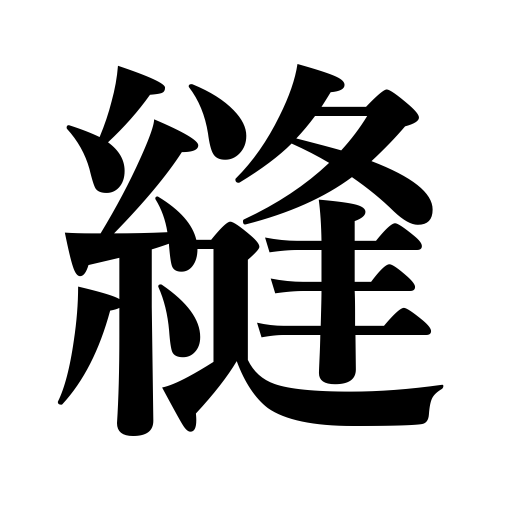
Meanings: stich,embroider,sew